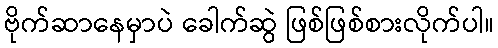
ဗိုက်ဆာနေမှာပဲ ခေါက်ဆွဲ ဖြစ်ဖြစ်စားလိုက်ပါ။